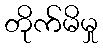
တိုက်မိမှု